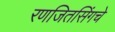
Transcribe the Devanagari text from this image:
रणजितसिंगचे